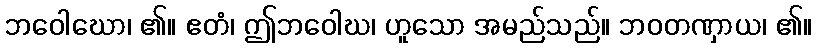
ဘဝေါဃော၊ ၏။ ဧတံ၊ ဤဘဝေါဃ၊ ဟူသော အမည်သည်။ ဘဝတဏှာယ၊ ၏။